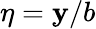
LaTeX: \eta=\mathbf{y}/b